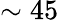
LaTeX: \sim 45